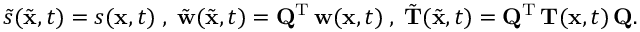
\begin{array} { r } { \tilde { s } ( \tilde { { \mathbf x } } , t ) = s ( { \mathbf x } , t ) \; , \; \tilde { { \mathbf w } } ( \tilde { { \mathbf x } } , t ) = { \mathbf Q } ^ { { \mathrm T } } \, { \mathbf w } ( { \mathbf x } , t ) \; , \; \tilde { { \mathbf T } } ( \tilde { { \mathbf x } } , t ) = { \mathbf Q } ^ { { \mathrm T } } \, { \mathbf T } ( { \mathbf x } , t ) \, { \mathbf Q } . } \end{array}